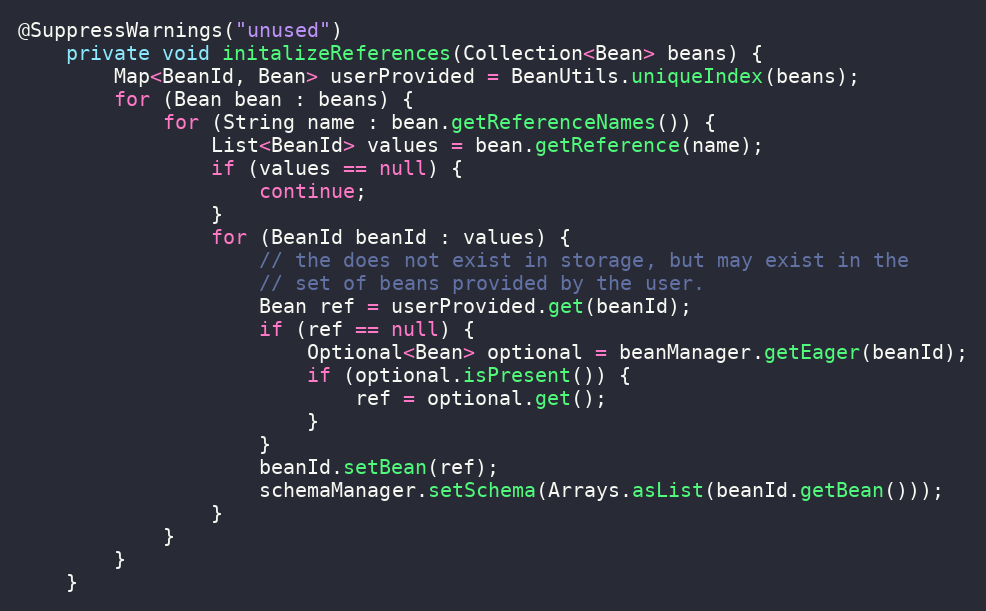
Language: Java
@SuppressWarnings("unused")
    private void initalizeReferences(Collection<Bean> beans) {
        Map<BeanId, Bean> userProvided = BeanUtils.uniqueIndex(beans);
        for (Bean bean : beans) {
            for (String name : bean.getReferenceNames()) {
                List<BeanId> values = bean.getReference(name);
                if (values == null) {
                    continue;
                }
                for (BeanId beanId : values) {
                    // the does not exist in storage, but may exist in the
                    // set of beans provided by the user.
                    Bean ref = userProvided.get(beanId);
                    if (ref == null) {
                        Optional<Bean> optional = beanManager.getEager(beanId);
                        if (optional.isPresent()) {
                            ref = optional.get();
                        }
                    }
                    beanId.setBean(ref);
                    schemaManager.setSchema(Arrays.asList(beanId.getBean()));
                }
            }
        }
    }